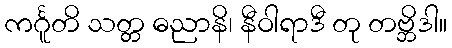
ကင်္ဂူတိ သတ္တ ဓညာနိ၊ နီဝါရာဒီ တု တဗ္ဘိဒါ။